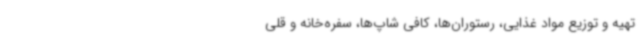
تهیه و توزیع مواد غذایی، رستوران‌ها، کافی شاپ‌ها، سفره‌خانه و قلی